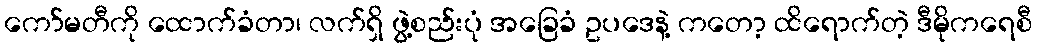
ကော်မတီကို ထောက်ခံတာ၊ လက်ရှိ ဖွဲ့စည်းပုံ အခြေခံ ဥပဒေနဲ့ ကတော့ ထိရောက်တဲ့ ဒီမိုကရေစီ